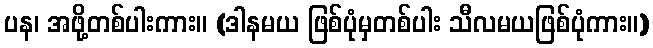
ပန၊ အဖို့တစ်ပါးကား။ (ဒါနမယ ဖြစ်ပုံမှတစ်ပါး သီလမယဖြစ်ပုံကား။)